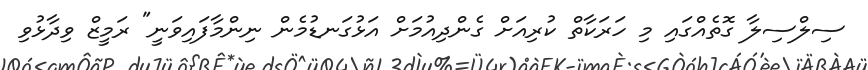
ސިލްސިލާ ގޮތެއްގައި މި ހަރަކާތް ކުރިއަށް ގެންދިއުމަށް އަޅުގަނޑުމެން ނިންމާފައިވަނީ" ރަމީޒް ވިދާޅުވި